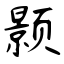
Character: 颢